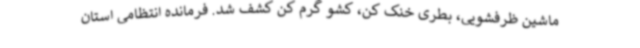
ماشین ظرفشویی، بطری خنک کن، کشو گرم کن کشف شد. فرمانده انتظامی استان